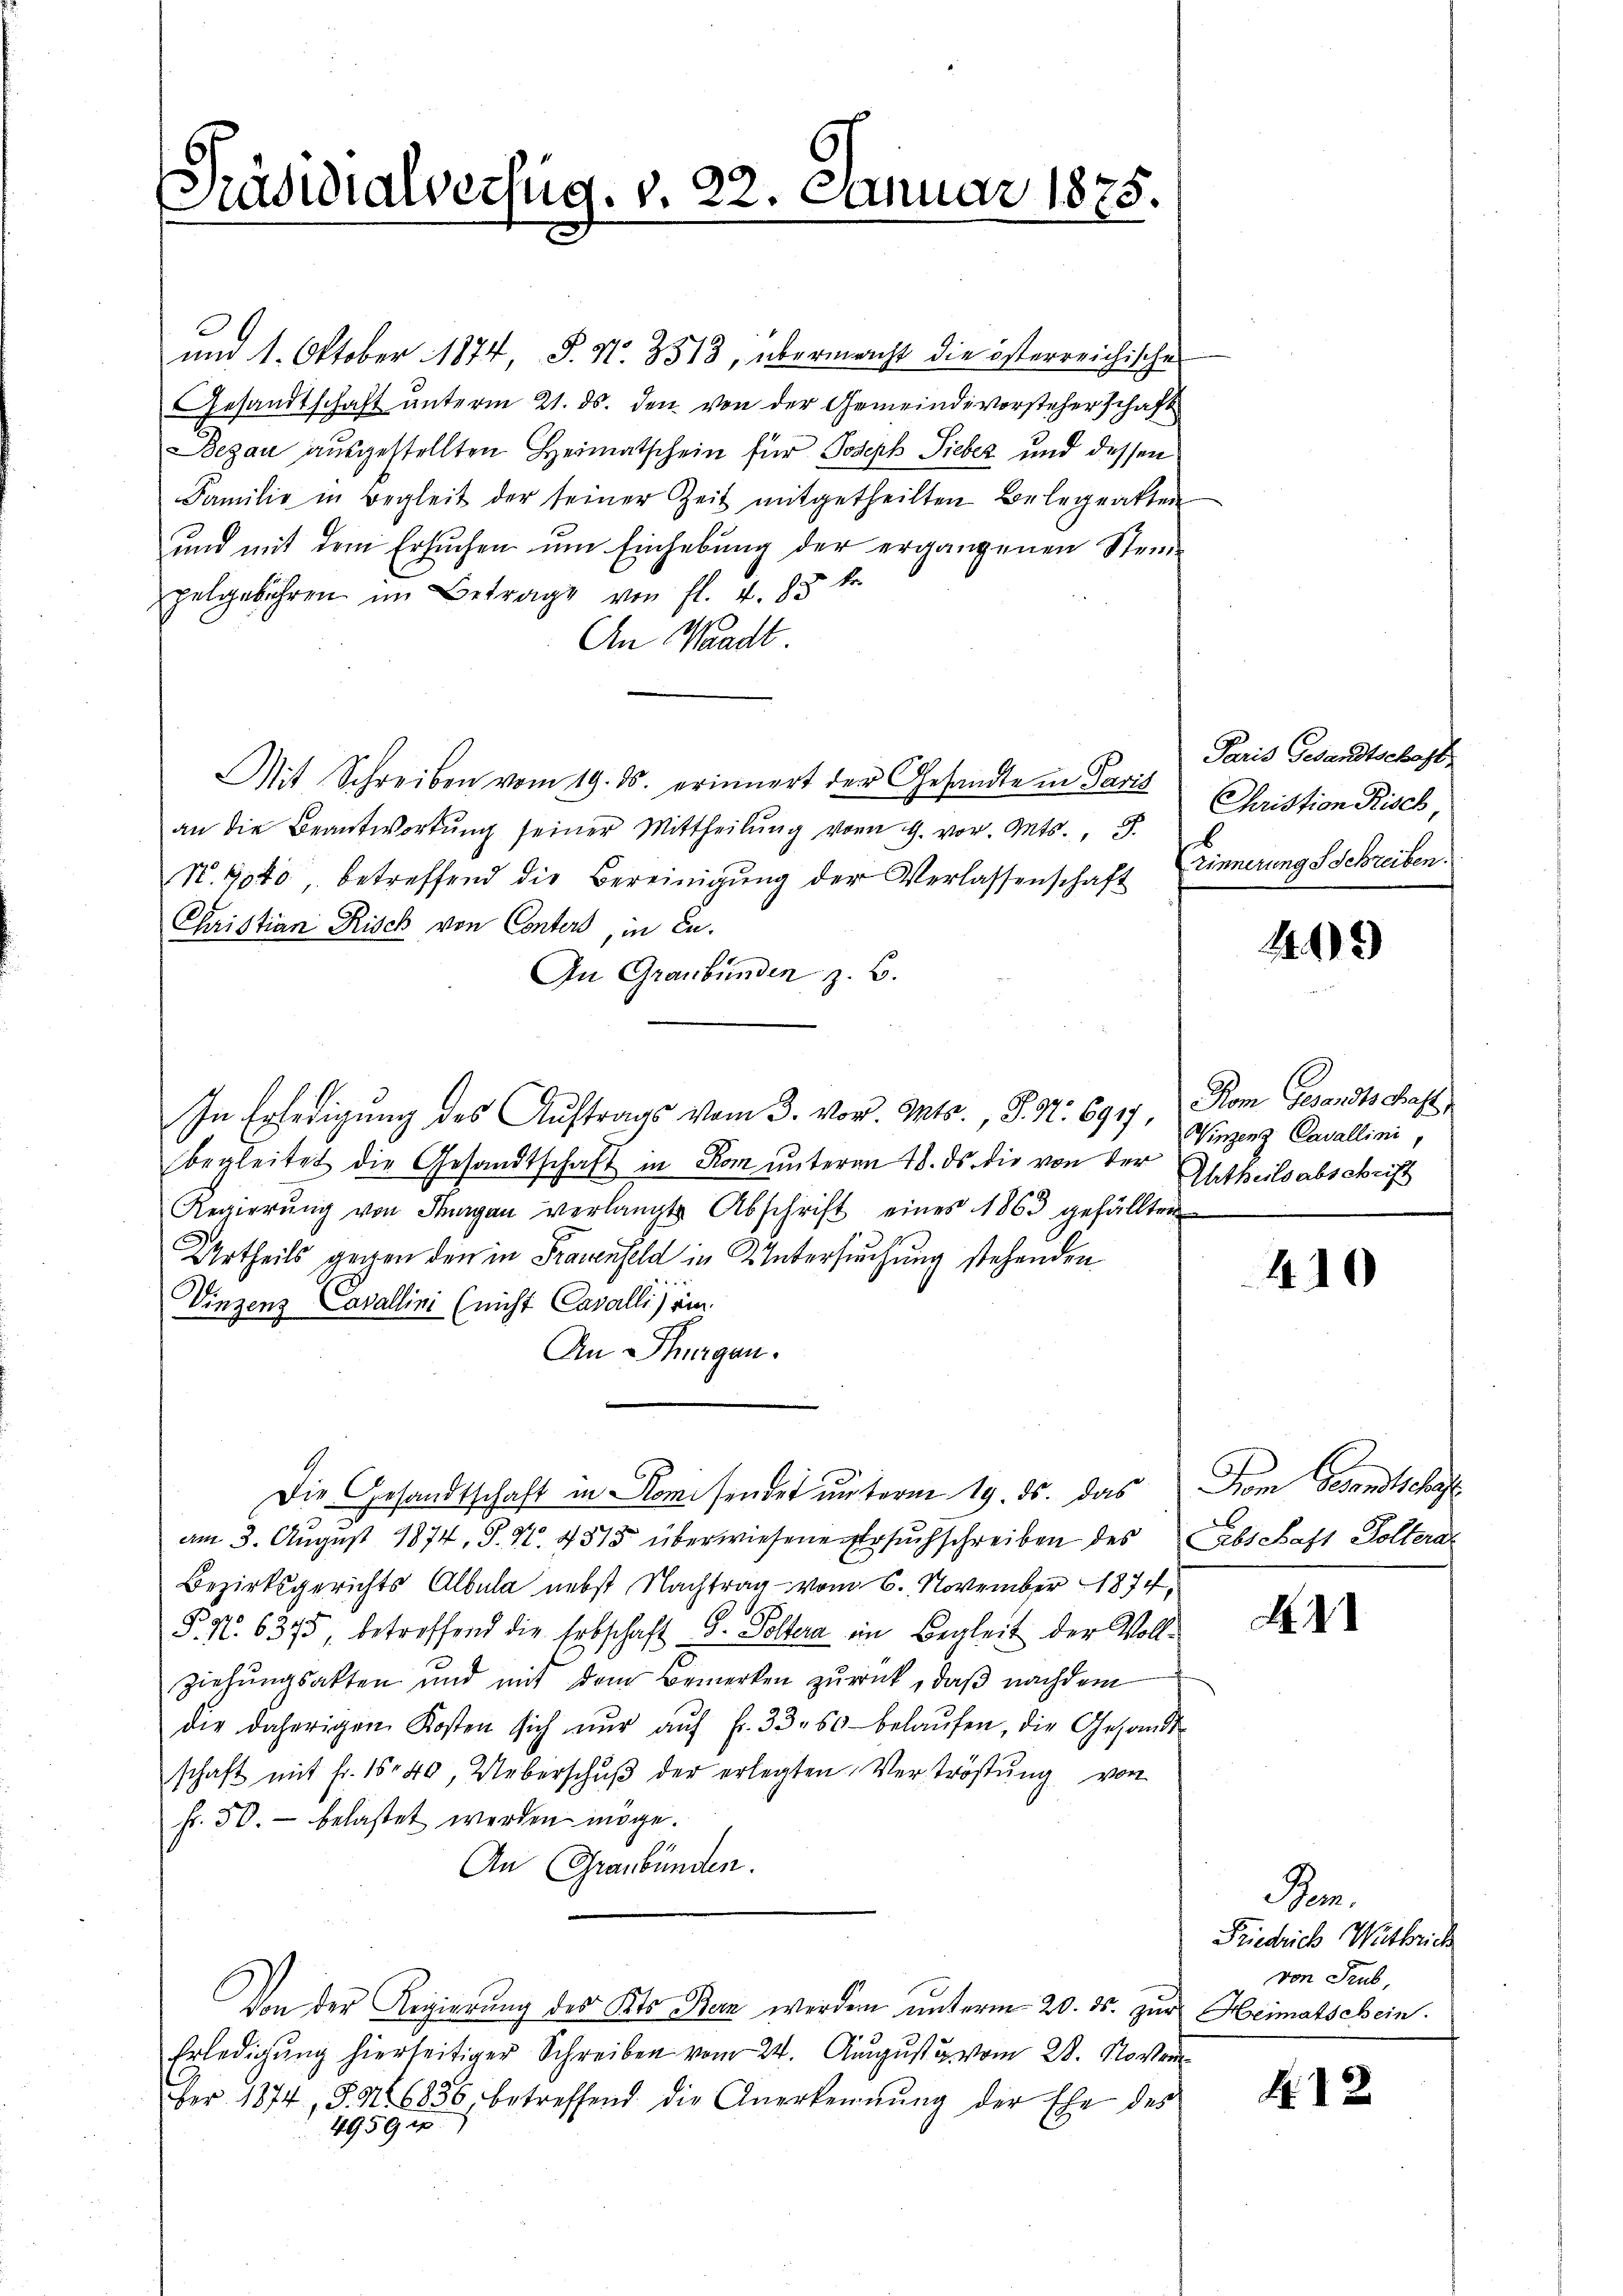
Präsidialverfug. v. 22. Januar 1875

und 1. Oktober 1874, S. Nr. 3513, übermacht die österreichische
Gesandtschaft unterm 21. ds. den von der Gemeindevorsteherschaft
Begau ausgestellten Heimatschein für Joseph Sieber und dessen
Familie in Begleit der seiner Zeit mitgetheilten Belegatten
und mit dem Ersuchen um Einhebung der ergangenen Steu
pelgebühren im Betrage von fl. 4. 85 kr.
An Waadt.
Mit Schreiben vom 19. ds. erinnert der Gesandte in Paris CChristion Risch,
an die Beantwortŭng seiner Mittheilŭng vom 9. vor. Mts., S.
N. 340, betreffend die Bereinigŭng der Verlassenschaft
Christian Risch von Conters, in Eu¬
An Graubünden z. B.
In Erledigung des Auftrags vom 3. vor. Mts., S. Nr. 6917, Rom Gesandtschaft
begleitet die Gesandtschaft in Rom unterm 18. ds. die von der Antheilsabschrift
Regierŭng von Thurgau verlangte Abschrift eines 1863 gefällten
Urtheils gegen den in Frauenfeld in Untersuchung stehenden
Vinzens Cavallini (nicht Cavalli) ein.
An Thurgau.
Die Gesandtschaft in Komisendet unterm 19. ds. das Dom Gesandtschaft
am 3. August 1874, S. N. 4518 überwiesene Ersuchschreiben des Labs Last Doltera
Bezirksgerichts Albula nebst Nachtrag vom 6. November 1874,
0
§. 9. 6375 betreffend die Erbschaft G. Poltera in Begleit der Vollziehŭngsakten und mit dem Bemerken zŭrück, daβ nachdem
die daherigen Kosten sich nŭr aŭf Fr. 33. 60 belaŭfen, die Gesandt
schaft mit fr. 1540, Ueberschŭβ der erlegten Vertröstung von
fr. 50.- belastet werden möge.
An Graubünden.
Von der Regierung des Kts. Bern werden unterm 20. ds. zur Heimatschein.
Erledigŭng hierseitiger Schreiben vom 24. August u. vom 28. Novem
ber 1874, S. 116856, betreffend die Anerkennung der Ehe des
4959 18

Paris Gesandtschaft
Zinnerung Schreiben.

445

Winzenz Cavallini,

410

H. I

Rom.
Friedrich Wethlich
von Trub,

A 12